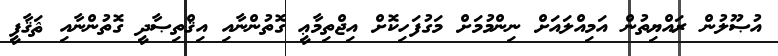
އުޞޫލުން ރައްޔިތުން އަމިއްލައަށް ނިންމުމަށް މަގުފަހިކޮށް އިޖްތިމާޢީ ގޮތުންނާއި އިޤްތިޞާދީ ގޮތުންނާއި ޘަޤާފީ